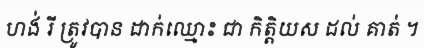
ហង់ រី ត្រូវបាន ដាក់ឈ្មោះ ជា កិត្តិយស ដល់ គាត់ ។